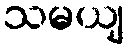
သမယျ